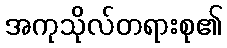
အကုသိုလ်တရားစု၏